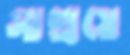
সাশ্রয়ে